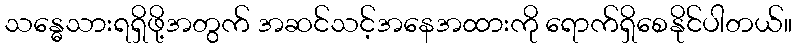
သန္ဓေသားရရှိဖို့အတွက် အဆင်သင့်အနေအထားကို ရောက်ရှိစေနိုင်ပါတယ်။